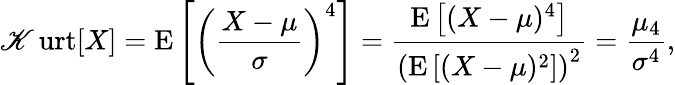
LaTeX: \operatorname{\mathscr{K}urt}[X]=\operatorname{E}\left[\left({\frac{{X-\mu}}{{\sigma}}}\right)^{4}\right]={\frac{{\operatorname{E}\left[(X-\mu)^{4}\right]}}{{\left(\operatorname{E}\left[(X-\mu)^{2}\right]\right)^{2}}}}={\frac{{\mu_{4}}}{{\sigma^{4}}}},